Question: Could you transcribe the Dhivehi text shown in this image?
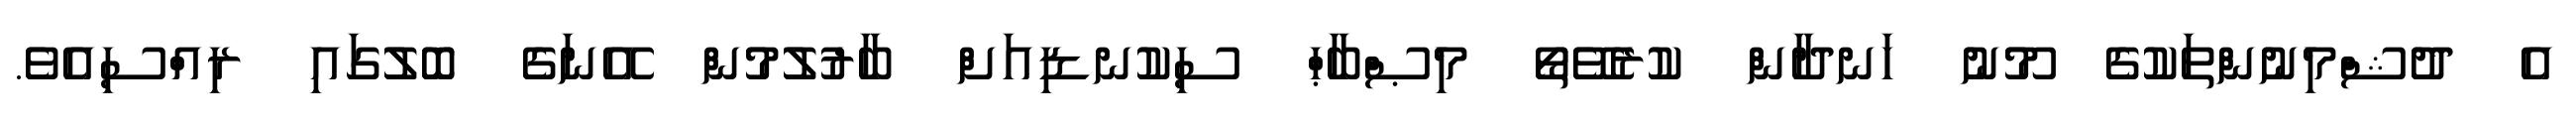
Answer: އެ ދުޝްމިނުންތަކުގެ މޫނު ހަނދާން ކުރެވޭތޯ މިޞްބާޙް ސިކުނޑިއަށް ބާރުލުމުން އޭނަގެ ބޮލުގައި ރިއްސިއެވެ.